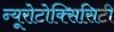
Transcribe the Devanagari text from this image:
न्यूरोटोक्सिसिटी